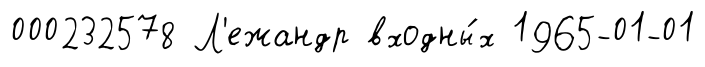
000232578 Л'ежандр входны́х 1965-01-01